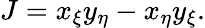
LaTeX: J=x_{\xi}y_{\eta}-x_{\eta}y_{\xi}.